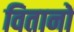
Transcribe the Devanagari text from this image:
वितानों